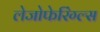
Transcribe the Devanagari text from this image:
लेजोफेरिंग्ल्स